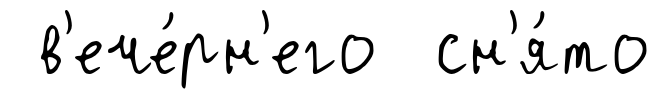
в'ече́рн'его сн'я́то